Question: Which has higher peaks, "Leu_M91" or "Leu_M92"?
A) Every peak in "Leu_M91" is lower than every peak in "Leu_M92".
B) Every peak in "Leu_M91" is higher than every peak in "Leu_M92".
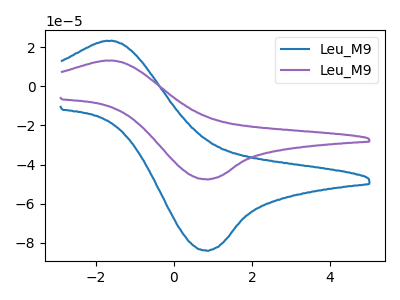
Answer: <think>The blue curve "Leu_M91" has an anodic peak at (-1.55V, 23.10uA) and a cathodic peak at (0.85V, -84.00uA). The purple curve "Leu_M92" has an anodic peak at (-1.55V, 13.10uA) and a cathodic peak at (0.85V, -47.60uA).</think>
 <answer>B) Every peak in "Leu_M91" is higher than every peak in "Leu_M92".</answer>
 <eval>B</eval>